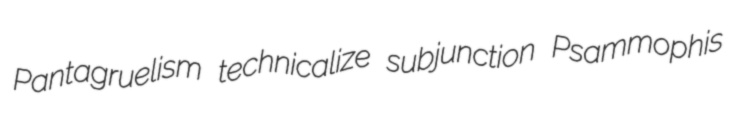
Pantagruelism technicalize subjunction Psammophis